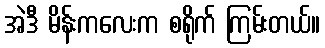
အဲဒီ မိန်းကလေးက စရိုက် ကြမ်းတယ်။